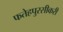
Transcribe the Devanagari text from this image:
फतेहपुरसीकरी